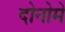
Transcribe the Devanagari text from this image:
दोनोमे